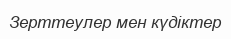
Зерттеулер мен күдіктер